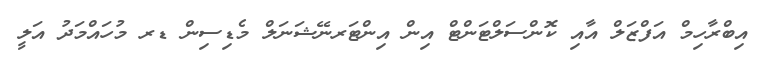
އިބްރާހިމް އަފްޒަލް އާއި ކޮންސަލްޓަންޓް އިން އިންޓަރނޭޝަނަލް މެޑިސިން ޑރ މުހައްމަދު އަލީ